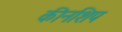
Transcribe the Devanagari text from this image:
कीनशिप